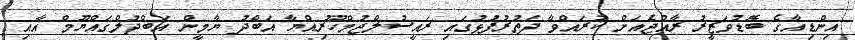
އިންޑިއާގެ ބޮޑުވަޒީރު ރާއްޖެއަށް ކުރައްވާ ދަތުރުފުޅުގައި ރައީސުލްޖުމްހޫރިއްޔާ އަބްދު ޔާމީން އަބްދުލްގައްޔޫމް އާއި